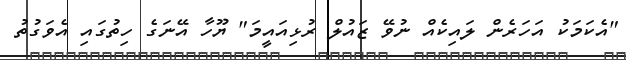
"އެކަމަކު އަހަރެން ލައިކެއް ނުވޭ ޒައުލް ރުޅިއައީމަ" ޔޫހާ އޭނަގެ ހިތުގައި އެވަގުތު